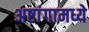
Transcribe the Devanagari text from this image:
अष्टांगामध्ये